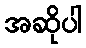
အဆိုပါ